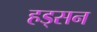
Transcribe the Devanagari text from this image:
हड्सन